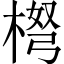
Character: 𱣳